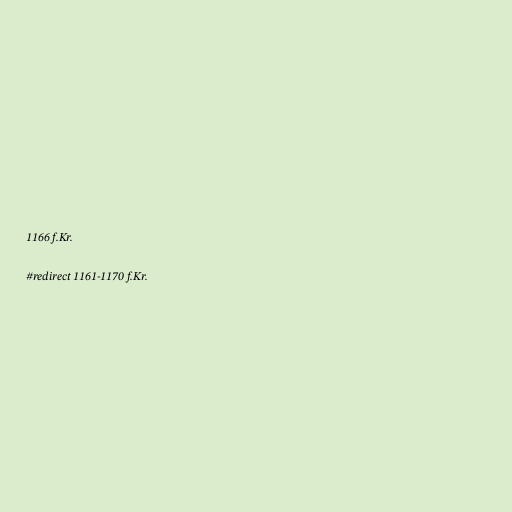
1166 f.Kr.

#redirect 1161-1170 f.Kr.